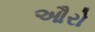
ઔરો